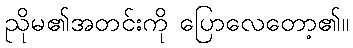
ညိုမ၏အတင်းကို ပြောလေတော့၏။